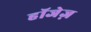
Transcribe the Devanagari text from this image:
हॉजेज़